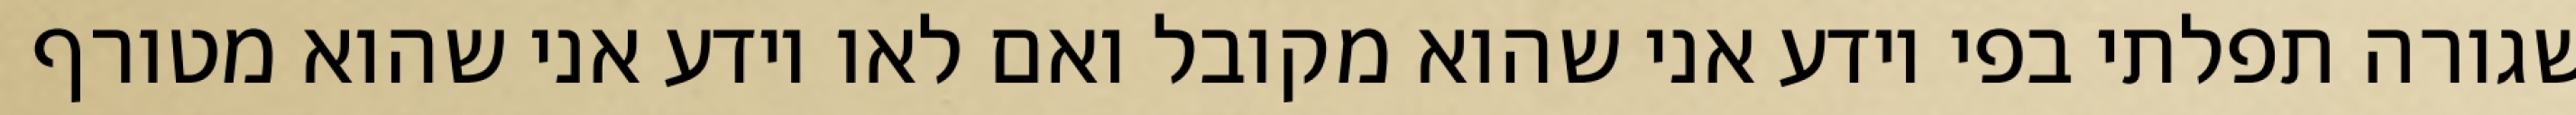
שגורה תפלתי בפי יודע אני שהוא מקובל ואם לאו יודע אני שהוא מטורף